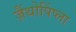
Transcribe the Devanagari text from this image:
ज़ैंथोपिंप्ला